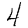
Digit: 4